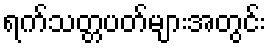
ရက်သတ္တပတ်များအတွင်း